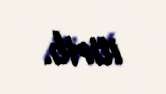
itirib.